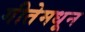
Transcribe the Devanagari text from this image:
गीतेमधून